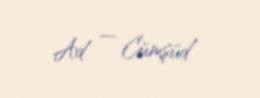
Ad — Cümşüd